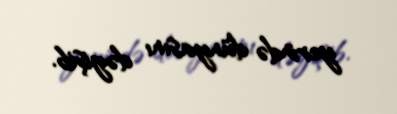
yerində dünyasını dəyişib.